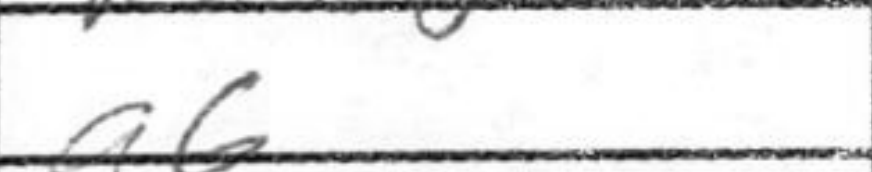
Transcription: a6